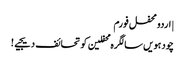
| اردو محفل فورم
چودہویں سالگرہ محفلین کو تحائف دیجیے!